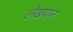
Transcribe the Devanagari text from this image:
लेखपान